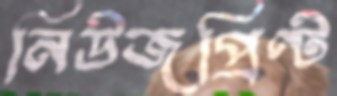
নিউজপ্রিণ্ট